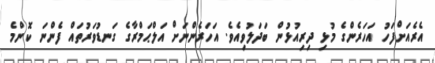
އެރެއަށްފަހު އަހަރެންގެ މުޅި ދިރިއުޅުން ބަދަލުވިއެވެ. އަހަރެންނަށް އަލްޙަމްރާގެ ގަނޑުވަރުތައް ފެންނަ ކޮންމެ